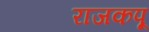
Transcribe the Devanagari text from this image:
राजकपू